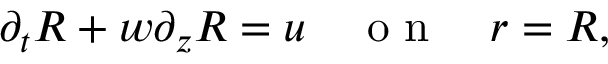
\partial _ { { t } } R + { w } \partial _ { z } R = { u } \quad \mathrm { ~ o ~ n ~ } \quad r = R ,